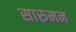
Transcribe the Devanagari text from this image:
सारुमन